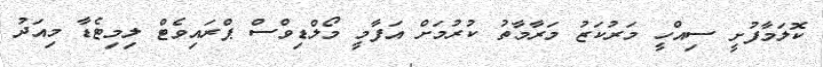
ކޮލަމާފުށީ ސިއްހީ މަރުކަޒު މަރާމާތު ކުރުމަށް އަފާމީ މޯލްޑިވްސް ޕްރައިވެޓް ލިމިޓެޑާ މިއަދު